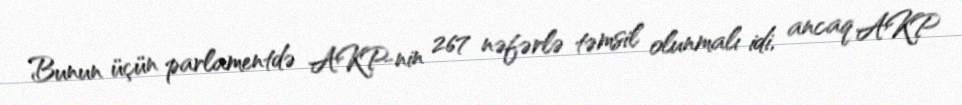
Bunun üçün parlamentdə AKP-nin 267 nəfərlə təmsil olunmalı idi, ancaq AKP